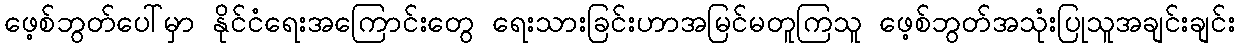
ဖေ့စ်ဘွတ်ပေါ်မှာ နိုင်ငံရေးအကြောင်းတွေ ရေးသားခြင်းဟာအမြင်မတူကြသူ ဖေ့စ်ဘွတ်အသုံးပြုသူအချင်းချင်း